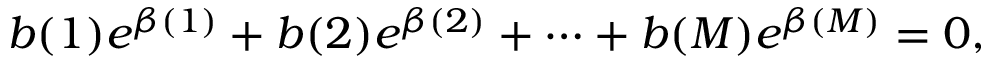
b ( 1 ) e ^ { \beta ( 1 ) } + b ( 2 ) e ^ { \beta ( 2 ) } + \cdots + b ( M ) e ^ { \beta ( M ) } = 0 ,